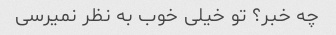
چه خبر؟ تو خیلی خوب به نظر نمیرسی